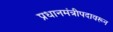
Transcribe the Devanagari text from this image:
प्रधानमंत्रीपदावरून